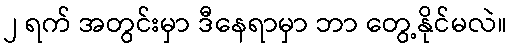
၂ ရက် အတွင်းမှာ ဒီနေရာမှာ ဘာ တွေ့နိုင်မလဲ။